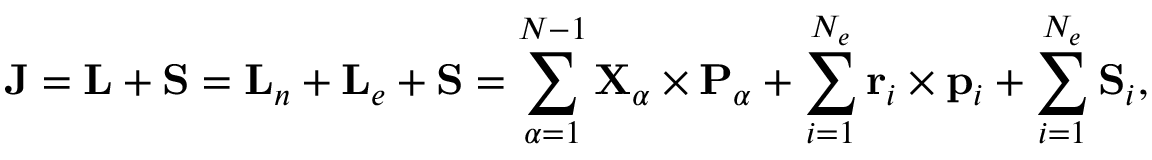
{ \mathbf { J } } = { \mathbf { L } } + { \mathbf { S } } = { \mathbf { L } } _ { n } + { \mathbf { L } } _ { e } + { \mathbf { S } } = \sum _ { \alpha = 1 } ^ { N - 1 } { \mathbf { X } } _ { \alpha } \times { \mathbf { P } } _ { \alpha } + \sum _ { i = 1 } ^ { N _ { e } } { \mathbf { r } } _ { i } \times { \mathbf { p } } _ { i } + \sum _ { i = 1 } ^ { N _ { e } } { \mathbf { S } } _ { i } ,